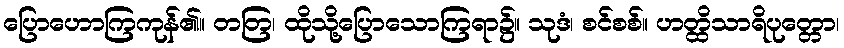
ပြောဟောကြကုန်၏။ တတြ၊ ထိုသို့ပြောသောကြရာ၌။ သုဒံ၊ စင်စစ်။ ဟတ္ထိသာရိပုတ္တော၊